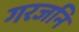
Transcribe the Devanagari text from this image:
गरजनि